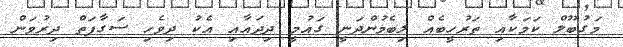
މަގުބޫލް ކަމަކާއި ތަރުހީބެއް ލިބެމުންދަނީ ގައުމީ ދިދައާއި އެކު ދިވެހި ސަގާފަތް ދިރުވަން